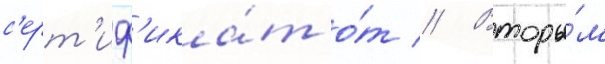
с'ерт'иф'ика́т о́т // Вторы́м